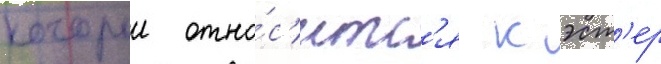
которыи отно́с'итс'я к эст'ер